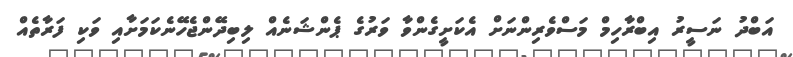
އަބްދު ނަސީރު އިބްރާހިމް މަސްވެރިންނަށް އެކަށީގެންވާ ވަރުގެ ޕެންޝަނެއް ލިބިދޭންޖެހޭނެކަމަށާއި ވަކި ފަރާތެއް